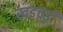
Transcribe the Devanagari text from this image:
खइचड़ी